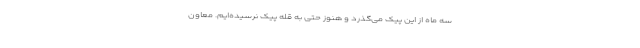
سه ماه از این پیک می‌گذرد و هنوز حتی به قله پیک نرسیده‌ایم. معاون